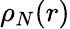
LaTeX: \rho_{N}(r)